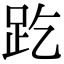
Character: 趷